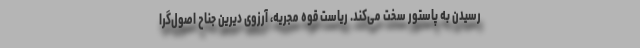
رسیدن به پاستور سخت می‌کند. ریاست قوه مجریه، آرزوی دیرین جناح اصول‌گرا